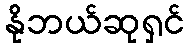
နိုဘယ်ဆုရှင်